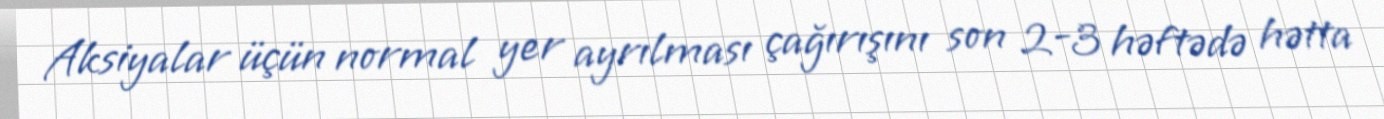
Aksiyalar üçün normal yer ayrılması çağırışını son 2-3 həftədə hətta